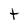
Character: t